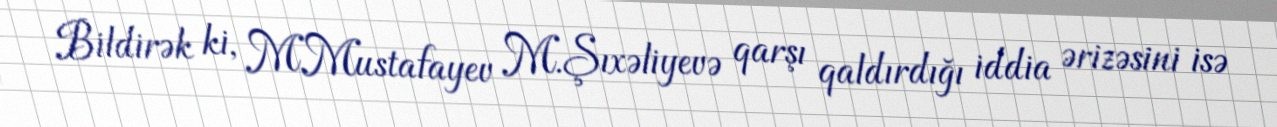
Bildirək ki, M.Mustafayev M.Şıxəliyevə qarşı qaldırdığı iddia ərizəsini isə